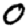
Digit: 0